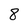
Character: 8